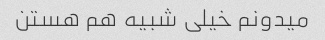
میدونم خیلی شبیه هم هستن